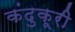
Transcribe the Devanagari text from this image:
कंदुकूरी